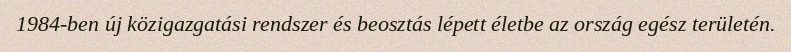
1984-ben új közigazgatási rendszer és beosztás lépett életbe az ország egész területén.